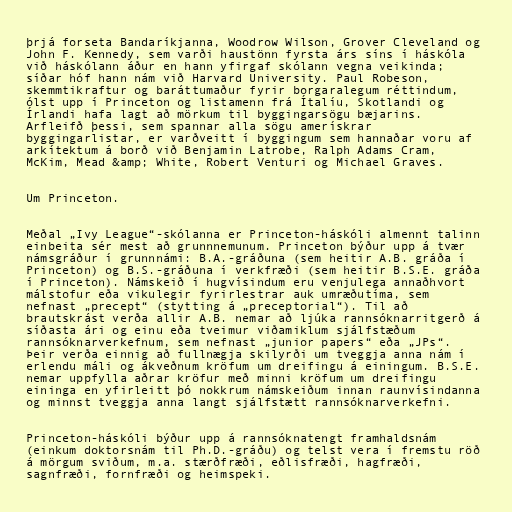
þrjá forseta Bandaríkjanna, Woodrow Wilson, Grover Cleveland og
John F. Kennedy, sem varði haustönn fyrsta árs síns í háskóla
við háskólann áður en hann yfirgaf skólann vegna veikinda;
síðar hóf hann nám við Harvard University. Paul Robeson,
skemmtikraftur og baráttumaður fyrir borgaralegum réttindum,
ólst upp í Princeton og listamenn frá Ítalíu, Skotlandi og
Írlandi hafa lagt að mörkum til byggingarsögu bæjarins.
Arfleifð þessi, sem spannar alla sögu amerískrar
byggingarlistar, er varðveitt í byggingum sem hannaðar voru af
arkítektum á borð við Benjamin Latrobe, Ralph Adams Cram,
McKim, Mead &amp; White, Robert Venturi og Michael Graves.

Um Princeton.

Meðal „Ivy League“-skólanna er Princeton-háskóli almennt talinn
einbeita sér mest að grunnnemunum. Princeton býður upp á tvær
námsgráður í grunnnámi: B.A.-gráðuna (sem heitir A.B. gráða í
Princeton) og B.S.-gráðuna í verkfræði (sem heitir B.S.E. gráða
í Princeton). Námskeið í hugvísindum eru venjulega annaðhvort
málstofur eða vikulegir fyrirlestrar auk umræðutíma, sem
nefnast „precept“ (stytting á „preceptorial“). Til að
brautskrást verða allir A.B. nemar að ljúka rannsóknarritgerð á
síðasta ári og einu eða tveimur viðamiklum sjálfstæðum
rannsóknarverkefnum, sem nefnast „junior papers“ eða „JPs“.
Þeir verða einnig að fullnægja skilyrði um tveggja anna nám í
erlendu máli og ákveðnum kröfum um dreifingu á einingum. B.S.E.
nemar uppfylla aðrar kröfur með minni kröfum um dreifingu
eininga en yfirleitt þó nokkrum námskeiðum innan raunvísindanna
og minnst tveggja anna langt sjálfstætt rannsóknarverkefni.

Princeton-háskóli býður upp á rannsóknatengt framhaldsnám
(einkum doktorsnám til Ph.D.-gráðu) og telst vera í fremstu röð
á mörgum sviðum, m.a. stærðfræði, eðlisfræði, hagfræði,
sagnfræði, fornfræði og heimspeki.